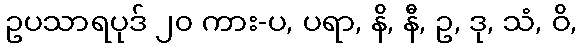
ဥပသာရပုဒ် ၂၀ ကား-ပ, ပရာ, နိ, နီ, ဥ, ဒု, သံ, ဝိ,